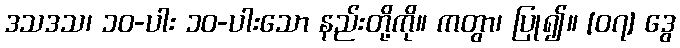
ဒသဒသ၊ ၁၀-ပါး ၁၀-ပါးသော နည်းတို့ကို။ ကတွာ၊ ပြု၍။ [၀၇] ဒွေ